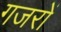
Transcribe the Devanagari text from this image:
गजरों